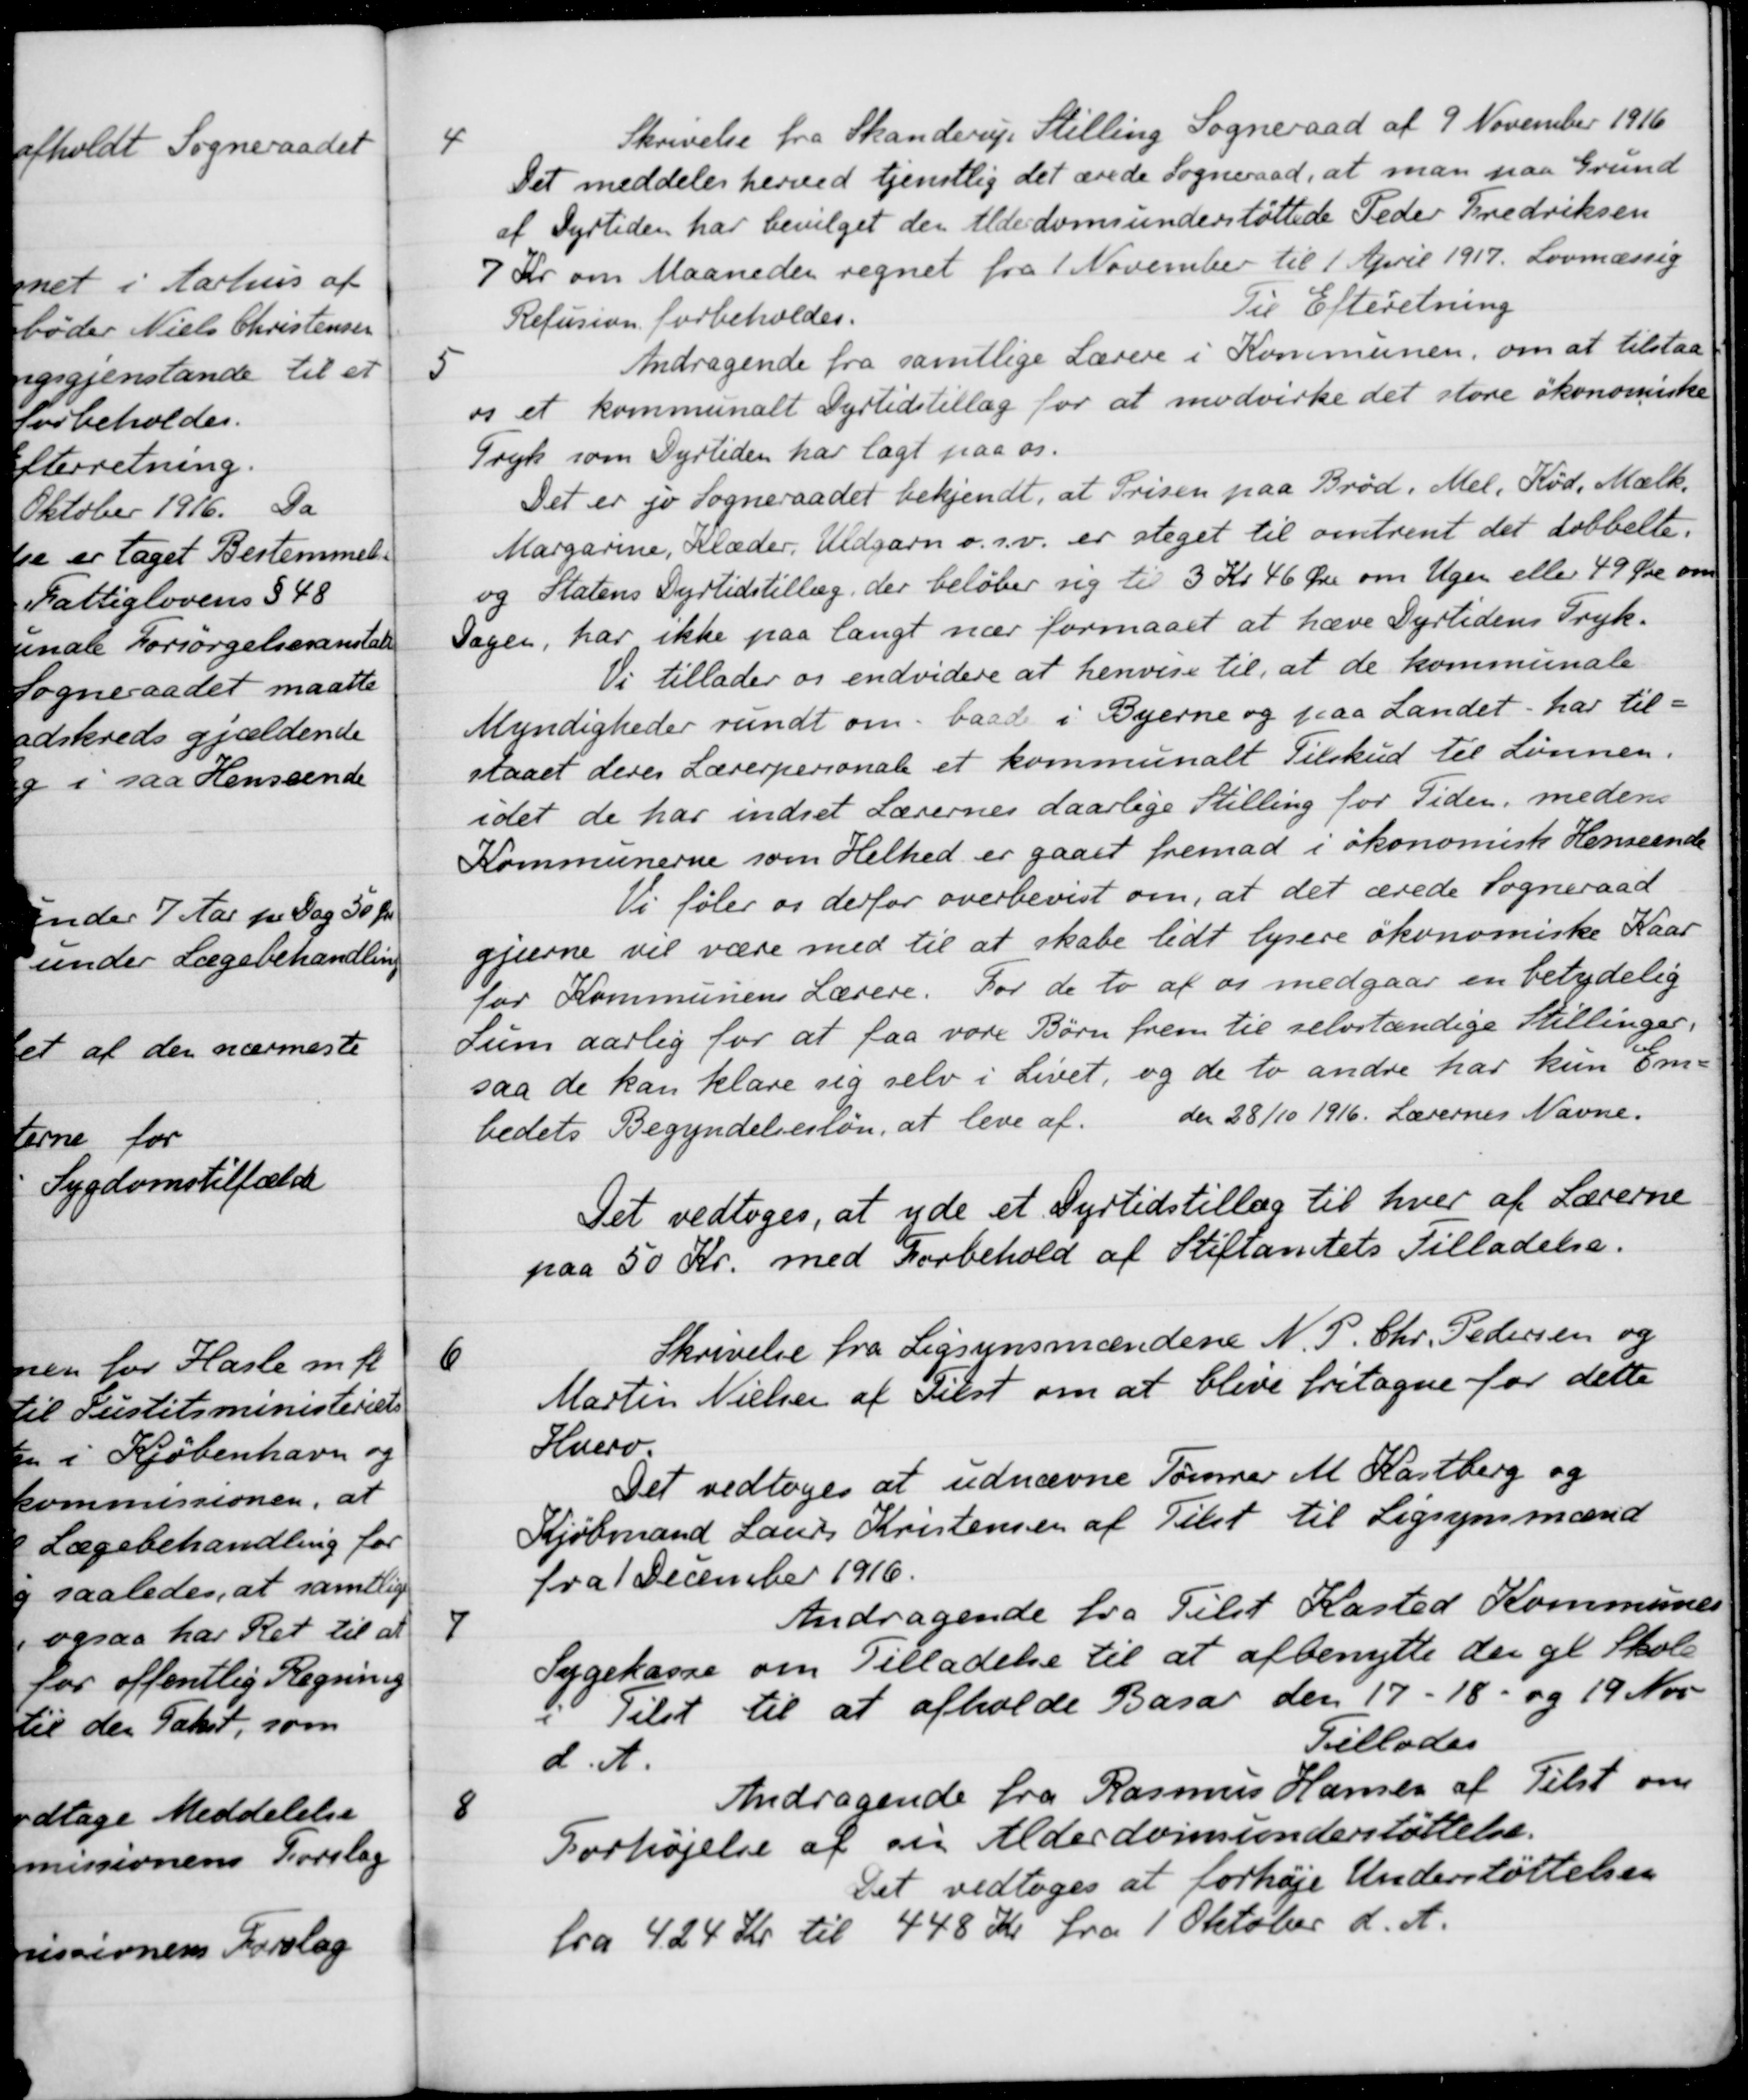
Transskription:
4
Skrivelse fra Skanderup Stilling Sogneraad af 9 November 1916
Det meddeles herved tjenstlig det ærede Sogneraad, at man paa Grund
af Dyrtiden har bevilget den Alderdomsunderstøttede Peder Fredriksen
7 Kr om Maaneden regnet fra 1 November til 1 April 1917. Lovmæssig
Refusion forbeholdes.
Til Efterretning
5
Andragende fra samtlige Lærere i Kommunen, om at tilstaa
os et kommunalt Dyrtidstillæg for at modvirke det store økonomiske
Tryk som Dyrtiden har lagt paa os.
Det er jo Sogneraadet bekjendt, at Prisen paa Brød, Mel, Kød, Mælk,
Margarine, Klæder, Uldgarn o.s.v. er steget til omtrent det dobbelte.
og Statens Dyrtidstillæg, der beløber sig til 3 Kr. 46 Øre om Ugen eller 49 Øre om
Dagen, har ikke paa langt nær formaaet at hæve Dyrtidens Tryk.
Vi tillader os endvidere at henvise til, at de kommunale
Myndigheder rundt om baad i Byerne og paa Landet har til-
staaet deres Lærerpersonale et kommunalt Tilskud til Lønnen.
idet de har indset Lærernes daarlige Stilling for Tiden, medens
Kommunerne som Helhed er gaaet fremad i økonomisk Henseende
Vi føler og derfor overbevist om, at det ærede Sogneraad
gjerne vil være med til at skabe lidt lysere økonomiske Kaar
for Kommunens Lærere. For de to af os medgaar en betydelig
Sum aarlig for at faa vore Børn frem til selvstændige Stillinger.
saa de kan klare sig selv i Livet, og de to andre har kun Em-
bedets Begyndelsesløn, at leve af.
den 28/10 1916. Lærernes Navne.
Det vedtoges, at yde et Dyrtidstillæg til hver af Lærerne
paa 50 Kr. med Forbehold af Stiftamtets Tilladelse.
6
Skrivelse fra Ligsynsmændene N. P. Chr. Pedersen og
Martin Nielsen af Tilst om at blive fritagne for dette
Hverv.
Det vedtoges at udnævne Tømrer M. Kastberg og
Kjøbmand Laurs Kristensen af Tilst til Ligsynsmænd
fra 1 December 1916.
7
Andragende fra Tilst Kasted Kommunes
Sygekasse om Tilladelse til at afbenytte den gl Skole
Tilst til at afholde Basar den 17 -18- og 19 Nov
d. A.
Tillades
8
Andragende fra Rasmus Hansen af Tilst om
Forhøjelse af sin Alderdomsunderstøttelse.
Det vedtoges at forhøje Understøttelsen
fra 424 Kr til 448 Kr fra 1 Oktober d. A.